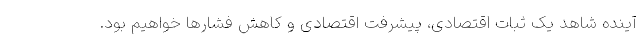
آینده شاهد یک ثبات اقتصادی، پیشرفت اقتصادی و کاهش فشارها خواهیم بود.